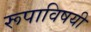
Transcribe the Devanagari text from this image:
रूपाविषयी